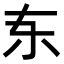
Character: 𫠣